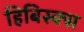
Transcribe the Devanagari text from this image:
हिबिस्क्‍स